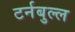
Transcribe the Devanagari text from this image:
टर्नबुल्ल